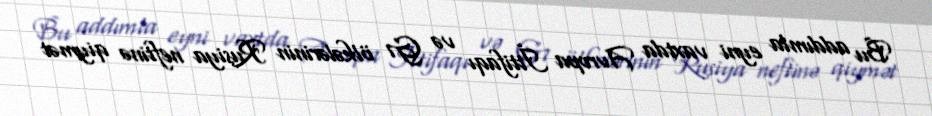
Bu addımla eyni vaxtda Avropa İttifaqı və G7 ölkələrinin Rusiya neftinə qiymət